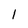
Character: l